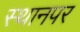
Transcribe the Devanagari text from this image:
स्‍थानपर